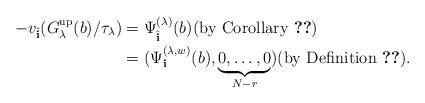
LaTeX: \begin{align*}-v_{\hat{\bf i}}(G^{\rm up} _{\lambda}(b)/\tau_\lambda) &= \Psi_{\hat{\bf i}} ^{(\lambda)}(b)({\rm by\ Corollary}\ \ref{the case of longest})\\&= (\Psi_{\bf i} ^{(\lambda, w)}(b), \underbrace{0, \ldots, 0}_{N-r})({\rm by\ Definition}\ \ref{definition2}).\end{align*}